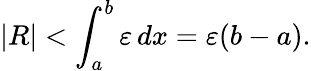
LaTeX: |R|<\int_{a}^{b}\varepsilon\, dx=\varepsilon(b-a).